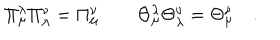
\Pi _ { \mu } ^ { \lambda } \Pi _ { \lambda } ^ { \nu } = \Pi { } _ { \mu } ^ { \nu } \qquad \Theta _ { \mu } ^ { \lambda } \Theta _ { \lambda } ^ { \nu } = \Theta { } _ { \mu } ^ { \nu } \quad .